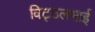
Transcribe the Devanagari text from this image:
विट्‍ठलभाई